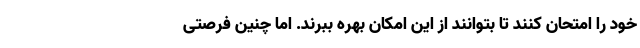
خود را امتحان کنند تا بتوانند از این امکان بهره ببرند. اما چنین فرصتی